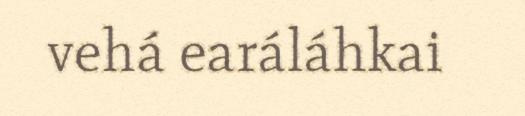
vehá earáláhkai